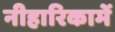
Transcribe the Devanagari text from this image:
नीहारिकामें